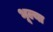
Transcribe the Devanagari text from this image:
भूल्या